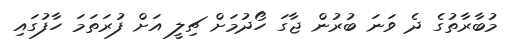
މުބާރާތުގެ ދެ ވަނަ ބުރުން ޖާގަ ހޯދުމަށް ޗިލީ އަށް ފުރަތަމަ ހާފުގައި